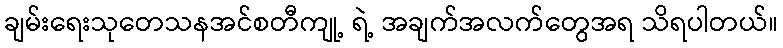
ချမ်းရေးသုတေသနအင်စတီကျု့ ရဲ့ အချက်အလက်တွေအရ သိရပါတယ်။